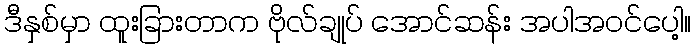
ဒီနှစ်မှာ ထူးခြားတာက ဗိုလ်ချုပ် အောင်ဆန်း အပါအဝင်ပေါ့။